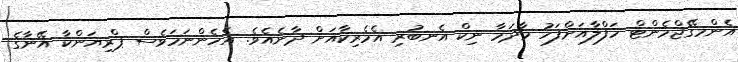
އެންމގޭޖްމެންޓް ހަފްލާއަށްފަހު މާދަމާ ނިކް އެނބުރި އެމެރިކާއަށް ދާނެއެވެ. އެހެންނަމަވެސް ޕްރިޔަންކާ އޭނާގެ